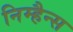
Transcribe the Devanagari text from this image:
निम्हैन्स